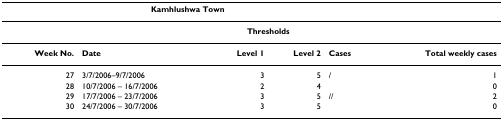
| <COLSPAN=5> Kamhlushwa Town |  |
 | --- | --- | --- | --- | --- | --- |
 |  |  | <COLSPAN=2> Thresholds |  |  |
 | Week No. | Date | Level 1 | Level 2 | Cases | Total weekly cases |
 | 27 | 3/7/2006–9/7/2006 | 3 | 5 | / | 1 |
 | 28 | 10/7/2006 – 16/7/2006 | 2 | 4 |  | 0 |
 | 29 | 17/7/2006 – 23/7/2006 | 3 | 5 | // | 2 |
 | 30 | 24/7/2006 – 30/7/2006 | 3 | 5 |  | 0 |